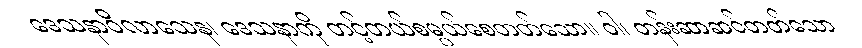
ဒေသနာဝိလာသေန၊ ဒေသနာကို တင့်တယ်စမ္ပယ်စေတတ်သော။ ဝါ၊ တန်းဆာဆင်တတ်သော